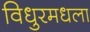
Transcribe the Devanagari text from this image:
विधुरमधला